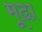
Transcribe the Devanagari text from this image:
मूढा़